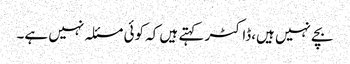
بچے نہیں ہیں،ڈاکٹر کہتے ہیں کہ کوئی مسئلہ نہیں ہے۔